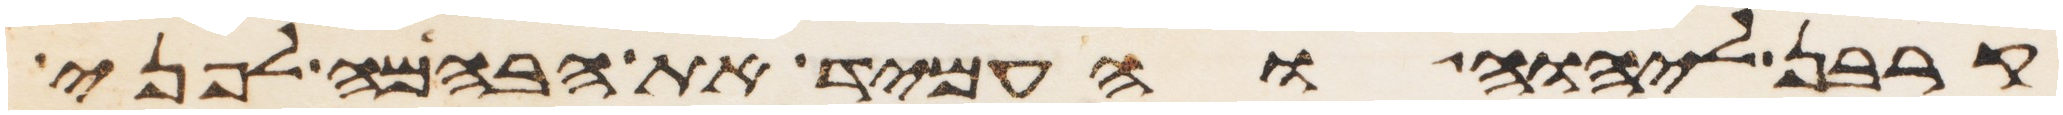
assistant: קרבן ליהוה והעמיד את הבהמה לפני